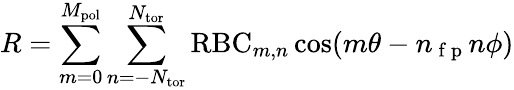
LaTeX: R=\sum_{m=0}^{M_{\mathrm{pol}}}\sum_{n=-N_{\mathrm{tor}}}^{N_{\mathrm{tor}}}\mathrm{RBC}_{m,n}\cos(m\theta-n_{\mathrm{~f~p~}}n\phi)